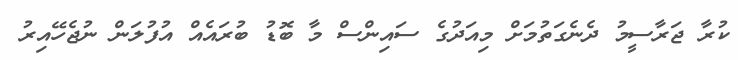
ކުރާ ޖަރާސީމު ދެނެގަތުމަށް މިއަދުގެ ސައިންސް މާ ބޮޑު ބުރައެއް އުފުލަން ނުޖެހޭއިރު